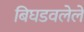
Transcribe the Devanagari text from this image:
बिघडवलेले